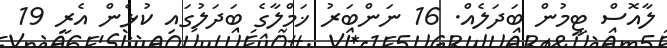
ލާއޮސް ޓީމުން ބަދަލެއް. 16 ނަންބަރު ޚަމްލާގެ ބަދަލުގައި ކުޅެން އެރީ 19